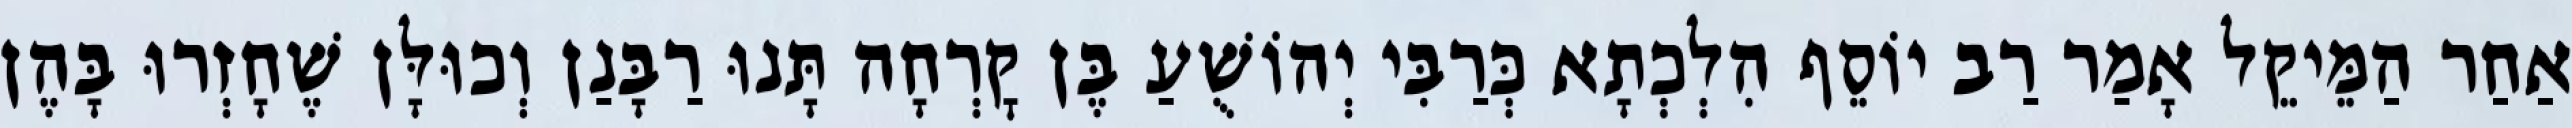
אַחַר הַמֵּיקֵל אָמַר רַב יוֹסֵף הִלְכְתָא כְּרַבִּי יְהוֹשֻׁעַ בֶּן קׇרְחָה תָּנוּ רַבָּנַן וְכוּלָּן שֶׁחָזְרוּ בָּהֶן